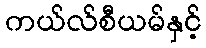
ကယ်လ်စီယမ်နှင့်